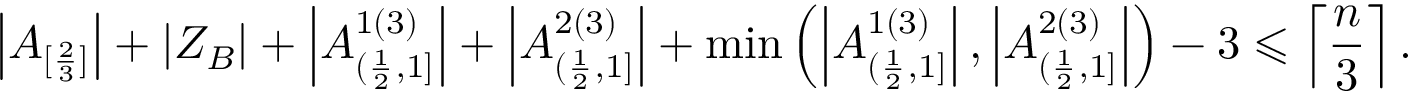
\left| A _ { [ \frac { 2 } { 3 } ] } \right| + | Z _ { B } | + \left| A _ { ( \frac { 1 } { 2 } , 1 ] } ^ { 1 ( 3 ) } \right| + \left| A _ { ( \frac { 1 } { 2 } , 1 ] } ^ { 2 ( 3 ) } \right| + \operatorname* { m i n } \left( \left| A _ { ( \frac { 1 } { 2 } , 1 ] } ^ { 1 ( 3 ) } \right| , \left| A _ { ( \frac { 1 } { 2 } , 1 ] } ^ { 2 ( 3 ) } \right| \right) - 3 \leqslant \left\lceil \frac { n } { 3 } \right\rceil .